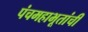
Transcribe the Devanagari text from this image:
पंचमहाभूतांची